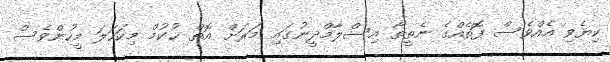
ކިޔެވި އެއްވެސް ފޮތެއްގެ ނެތީތޯ އިސްލާމްދީނުގައި މަރަށް އޮތް ޙުކުމް މިކަހަލަ މީހުންވެސް